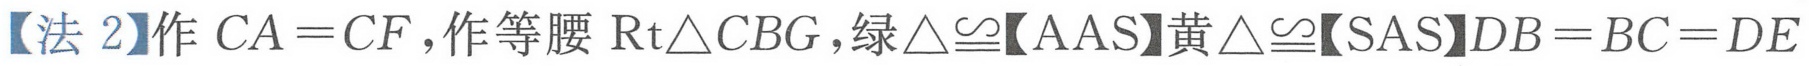
【法 2】作 \(CA = CF\)，作等腰 \(\text{Rt}\triangle CBG\)，绿\(\triangle\cong\)【AAS】黄\(\triangle\cong\)【SAS】\(DB = BC = DE\)